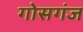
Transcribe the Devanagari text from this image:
गोसगंज